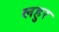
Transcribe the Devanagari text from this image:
लहुर